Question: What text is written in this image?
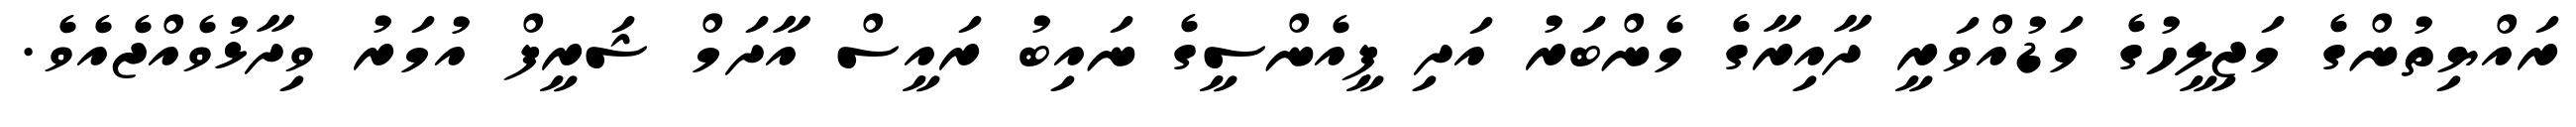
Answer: ރައްޔިތުންގެ މަޖިލީހުގެ މަޑުއްވަރީ ދާއިރާގެ މެންބަރު އަދި ޕީއެންސީގެ ނައިބު ރައީސް އާދަމް ޝަރީފް އުމަރު ވިދާޅުވެއްޖެއެވެ.